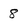
Character: 8